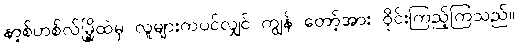
နာ့စ်ဟစ်လ်မြို့ထဲမှ လူများကပင်လျှင် ကျွန် တော့်အား ဝိုင်းကြည့်ကြသည်။